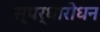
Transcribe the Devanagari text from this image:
स्पर्धारोधन